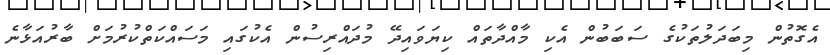
އެގޮތުން މިބަދަލުތަކުގެ ސަބަބުން އެކި މާއްދާތައް ކިޔަވައިދޭ މުދައްރިސުން އެކުގައި މަސައްކަތްކުރުމަށް ބާރުއަޅާނެ